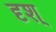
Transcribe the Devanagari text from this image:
दृश्